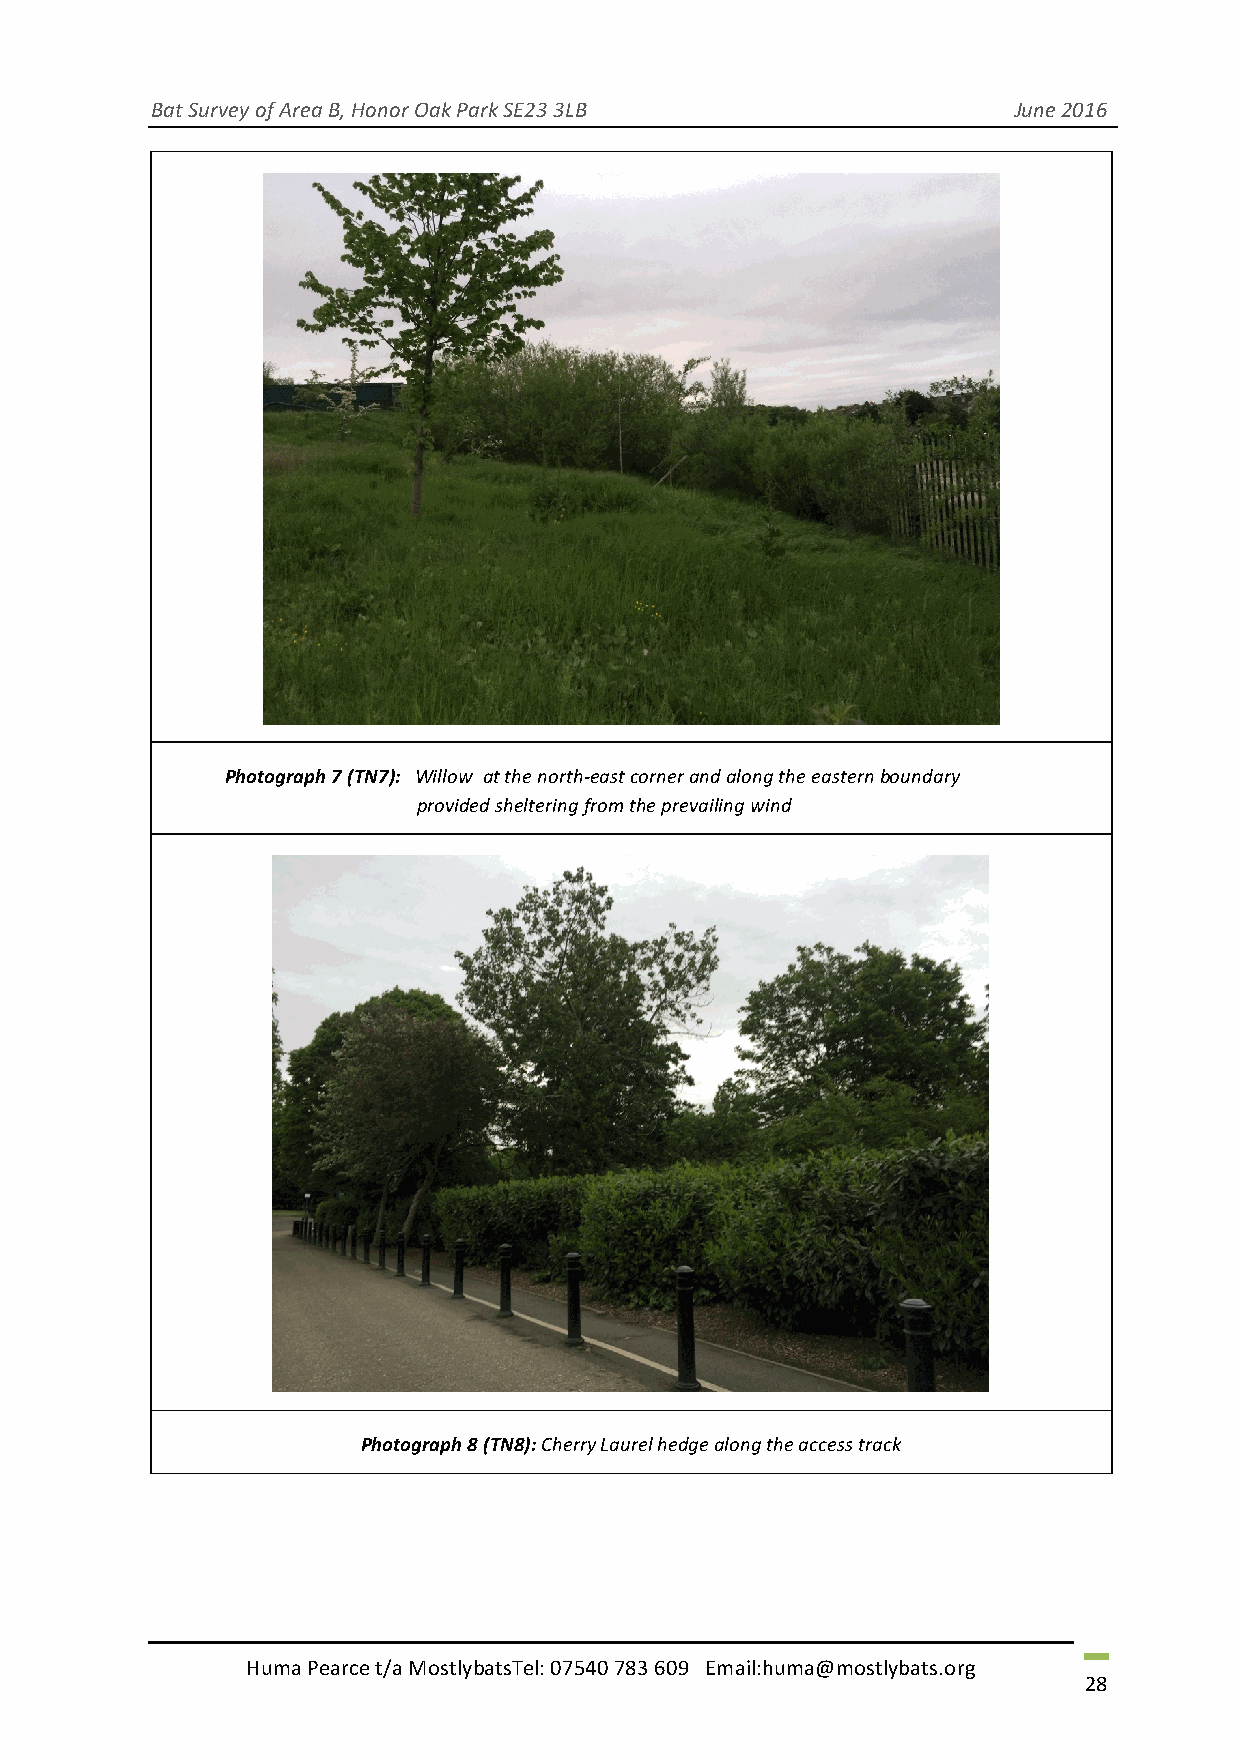
Bat Survey of Area B, Honor Oak Park SE23 3LB            June 2016
 Photograph 7 (TN7): Willow at the north-east corner and along the eastern boundary
 provided sheltering from the prevailing wind
 Photograph 8 (TN8): Cherry Laurel hedge along the access track
 Huma Pearce t/a MostlybatsTel: 07540 783 609 Email:huma@mostlybats.org
 28